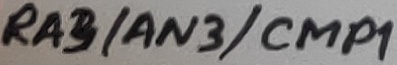
Text: RA2/AN2/VREF